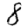
Digit: 8